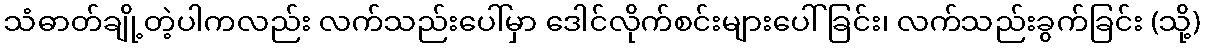
သံဓာတ်ချို့တဲ့ပါကလည်း လက်သည်းပေါ်မှာ ဒေါင်လိုက်စင်းများပေါ်ခြင်း၊ လက်သည်းခွက်ခြင်း (သို့)